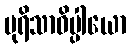
ပုရိသာဓိပ္ပါယော